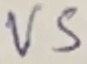
Text: VS